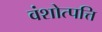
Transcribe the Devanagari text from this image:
वंशोत्पत्ति